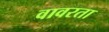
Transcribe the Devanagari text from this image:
वावरता